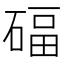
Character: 𥔁